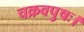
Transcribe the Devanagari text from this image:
चक्रवपुषः।